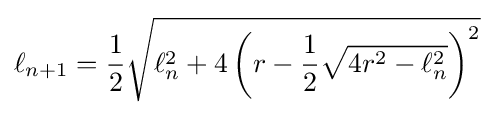
\ell _{n+1}={\frac {1}{2}}{\sqrt {\ell _{n}^{2}+4\left(r-{\frac {1}{2}}{\sqrt {4r^{2}-\ell _{n}^{2}}}\right)^{2}}}